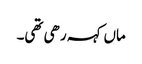
ماں کہہ رھی تھی۔